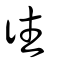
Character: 往